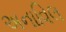
અનાવિલ